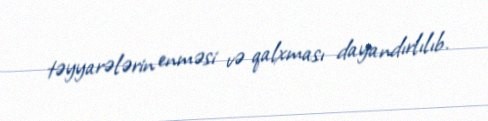
təyyarələrin enməsi və qalxması dayandırlılıb.